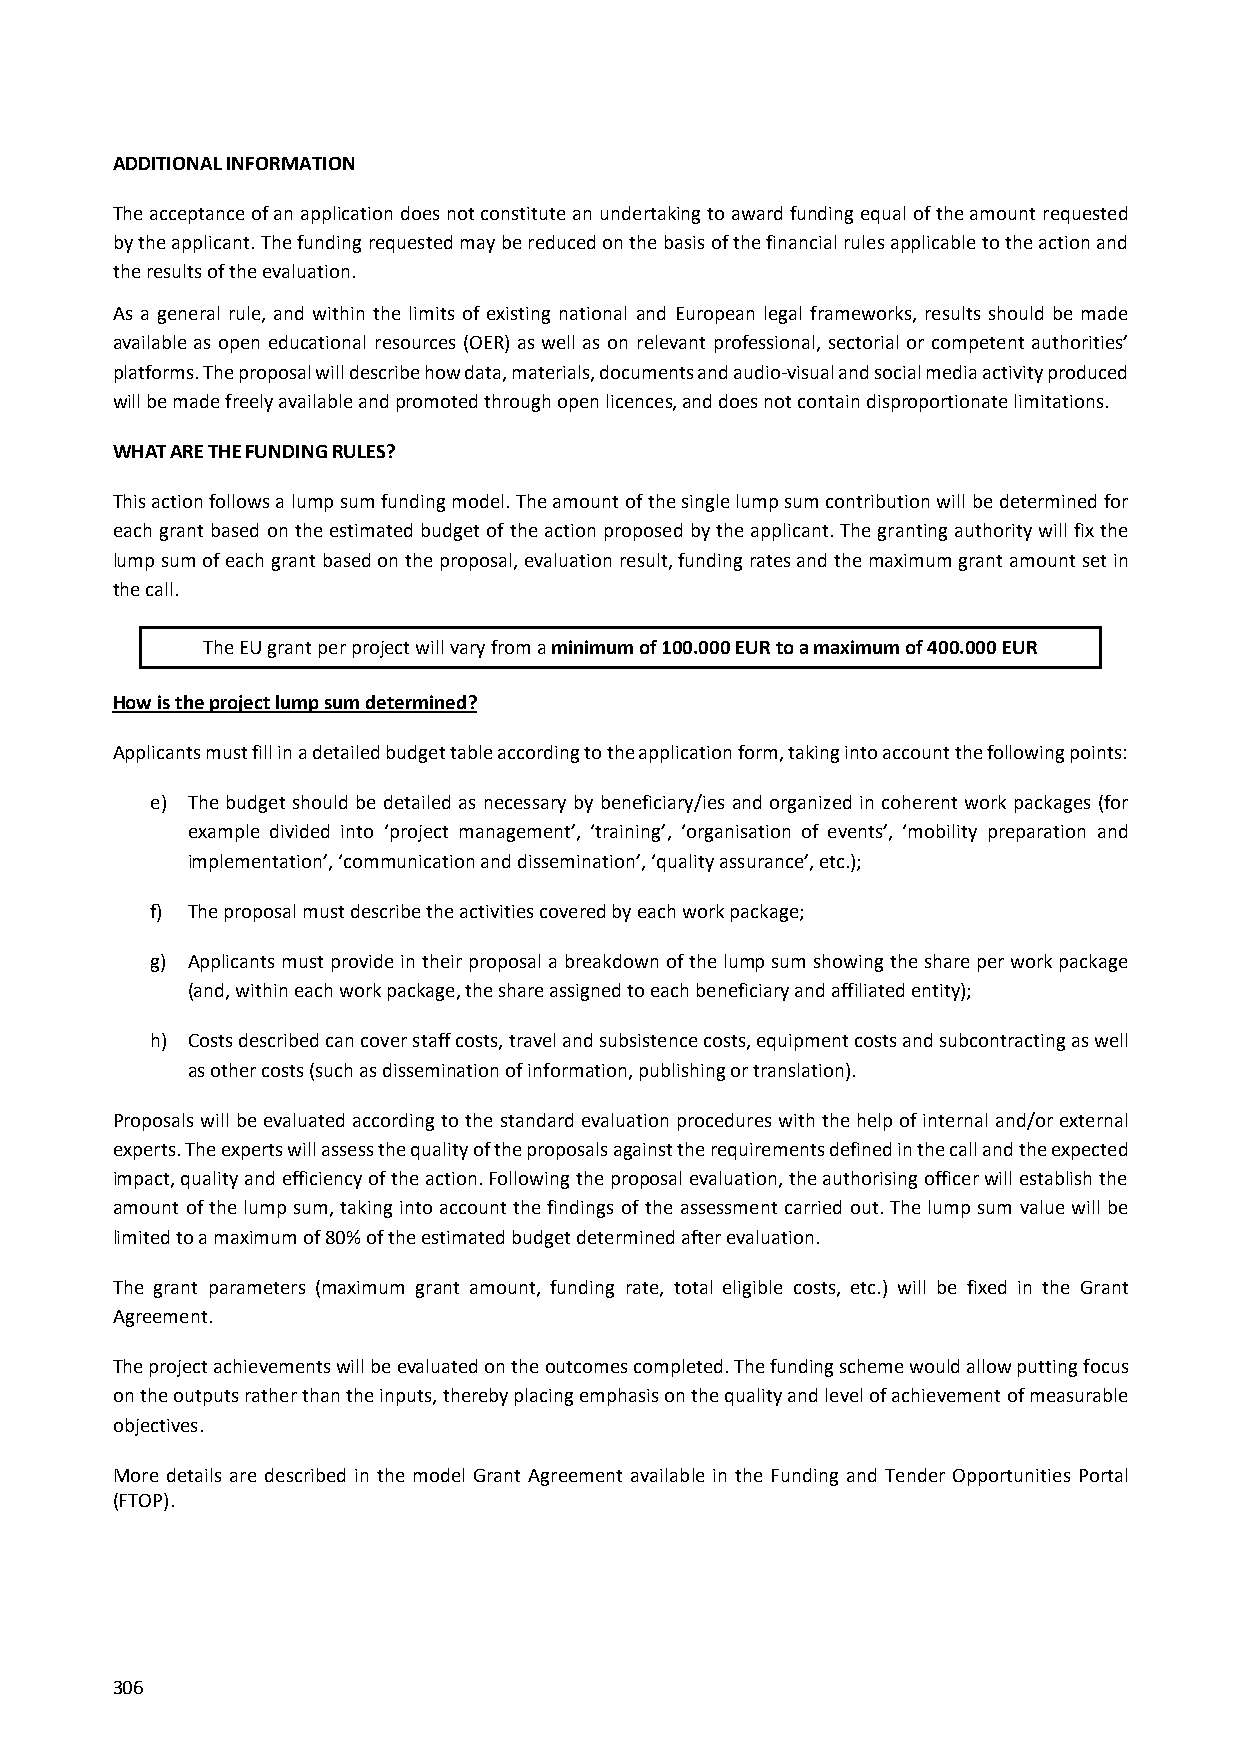
ADDITIONAL INFORMATION
 The acceptance of an application does not constitute an undertaking to award funding equal of the amount requested
 by the applicant. The funding requested may be reduced on the basis of the financial rules applicable to the action and
 the results of the evaluation.
 As a general rule, and within the limits of existing national and European legal frameworks, results should be made
 available as open educational resources (OER) as well as on relevant professional, sectorial or competent authorities’
 platforms. The proposal will describe how data, materials, documents and audio‐visual and social media activity produced
 will be made freely available and promoted through open licences, and does not contain disproportionate limitations.
 WHAT ARE THE FUNDING RULES?
 This action follows a lump sum funding model. The amount of the single lump sum contribution will be determined for
 each grant based on the estimated budget of the action proposed by the applicant. The granting authority will fix the
 lump sum of each grant based on the proposal, evaluation result, funding rates and the maximum grant amount set in
 the call.
 The EU grant per project will vary from a minimum of 100.000 EUR to a maximum of 400.000 EUR
 How is the project lump sum determined?
 Applicants must fill in a detailed budget table according to the application form, taking into account the following points:
 e) The budget should be detailed as necessary by beneficiary/ies and organized in coherent work packages (for
 example divided into ‘project management’, ‘training’, ‘organisation of events’, ‘mobility preparation and
 implementation’, ‘communication and dissemination’, ‘quality assurance’, etc.);
 f) The proposal must describe the activities covered by each work package;
 g) Applicants must provide in their proposal a breakdown of the lump sum showing the share per work package
 (and, within each work package, the share assigned to each beneficiary and affiliated entity);
 h) Costs described can cover staff costs, travel and subsistence costs, equipment costs and subcontracting as well
 as other costs (such as dissemination of information, publishing or translation).
 Proposals will be evaluated according to the standard evaluation procedures with the help of internal and/or external
 experts. The experts will assess the quality of the proposals against the requirements defined in the call and the expected
 impact, quality and efficiency of the action. Following the proposal evaluation, the authorising officer will establish the
 amount of the lump sum, taking into account the findings of the assessment carried out. The lump sum value will be
 limited to a maximum of 80% of the estimated budget determined after evaluation.
 The grant parameters (maximum grant amount, funding rate, total eligible costs, etc.) will be fixed in the Grant
 Agreement.
 The project achievements will be evaluated on the outcomes completed. The funding scheme would allow putting focus
 on the outputs rather than the inputs, thereby placing emphasis on the quality and level of achievement of measurable
 objectives.
 More details are described in the model Grant Agreement available in the Funding and Tender Opportunities Portal
 (FTOP).
 306